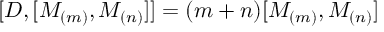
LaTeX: \lbrack D , [ M _ { ( m ) } , M _ { ( n ) } ] ] = ( m + n ) [ M _ { ( m ) } , M _ { ( n ) } ]